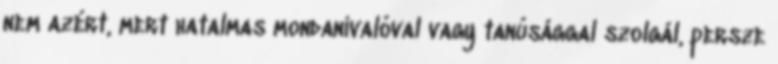
nem azért, mert hatalmas mondanivalóval vagy tanúsággal szolgál, persze